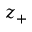
z _ { + }